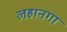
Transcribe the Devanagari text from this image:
लहानगा